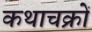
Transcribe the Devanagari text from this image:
कथाचक्रों